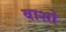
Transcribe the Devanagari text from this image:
वाशो